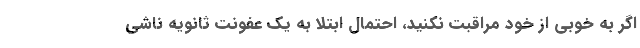
اگر به خوبی از خود مراقبت نکنید، احتمال ابتلا به یک عفونت ثانویه ناشی